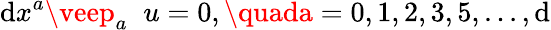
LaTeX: \mathrm{d}x^{a}\veep_{a}\; \; u=0,\quada=0,1,2,3,5,...,\mathrm{d}